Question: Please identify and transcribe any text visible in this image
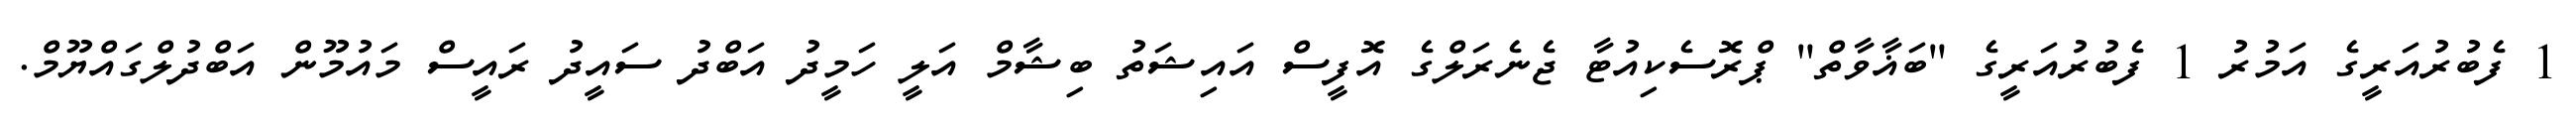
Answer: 1 ފެބުރުއަރީގެ އަމުރު 1 ފެބުރުއަރީގެ "ބަޣާވާތް" ޕްރޮސެކިއުޓާ ޖެނެރަލްގެ އޮފީސް އައިޝަތު ބިޝާމް އަލީ ހަމީދު އަބްދު ސައީދު ރައީސް މައުމޫން އަބްދުލްގައްޔޫމް.